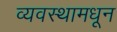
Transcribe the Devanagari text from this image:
व्यवस्थामधून